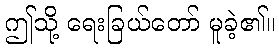
ဤသို့ ရေးခြယ်တော် မူခဲ့၏။